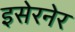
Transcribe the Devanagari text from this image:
इसेरनेर